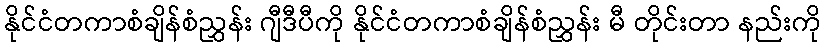
နိုင်ငံတကာစံချိန်စံညွှန်း ဂျီဒီပီကို နိုင်ငံတကာစံချိန်စံညွှန်း မီ တိုင်းတာ နည်းကို